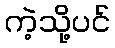
ကဲ့သို့ပင်